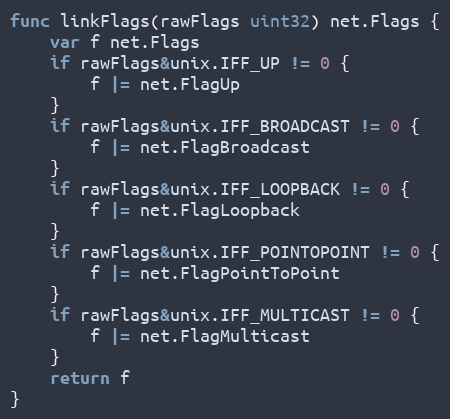
Language: Go
func linkFlags(rawFlags uint32) net.Flags {
	var f net.Flags
	if rawFlags&unix.IFF_UP != 0 {
		f |= net.FlagUp
	}
	if rawFlags&unix.IFF_BROADCAST != 0 {
		f |= net.FlagBroadcast
	}
	if rawFlags&unix.IFF_LOOPBACK != 0 {
		f |= net.FlagLoopback
	}
	if rawFlags&unix.IFF_POINTOPOINT != 0 {
		f |= net.FlagPointToPoint
	}
	if rawFlags&unix.IFF_MULTICAST != 0 {
		f |= net.FlagMulticast
	}
	return f
}